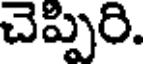
చెప్పిరి.